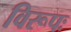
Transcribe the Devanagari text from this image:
विरूपः